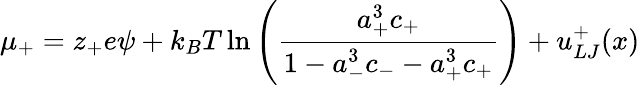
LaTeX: \mu_{+}=z_{+}e\psi+k_{B}T\ln\left({\frac{a_{+}^{3}c_{+}}{1-a_{-}^{3}c_{-}-a_{+}^{3}c_{+}}}\right)+u_{LJ}^{+}(x)